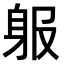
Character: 𨈞